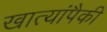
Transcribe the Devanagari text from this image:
खात्यांपैकी